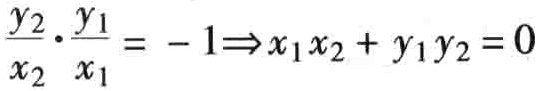
$\frac{y_{2}}{x_{2}}\cdot\frac{y_{1}}{x_{1}}=-1\Rightarrow x_{1}x_{2}+y_{1}y_{2}=0$